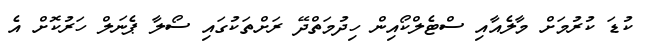
ކުޑަ ކުރުމަށް މާލެއާއި ސްޓެލްކޯއިން ހިދުމަތްދޭ ރަށްތަކުގައި ސޯލާ ޕެނަލް ހަރުކޮށް އެ